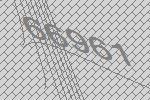
66961